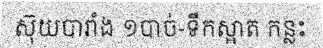
ស៊ុយបារាំង ១បាច់-ទឹកស្អាត កន្លះ